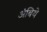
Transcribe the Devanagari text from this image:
अंबिये